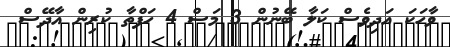
ވާހަކަ އަދިވެސް ކަލާ ބޭނުން 3 މަސް 4 ހަފްތާ ކުރިން އާދޭސް